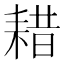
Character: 耤